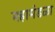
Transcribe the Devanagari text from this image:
महामंडळा